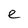
Character: e